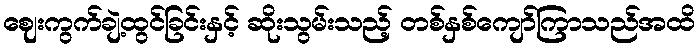
ဈေးကွက်ချဲ့ထွင်ခြင်းနှင့် ဆိုးသွမ်းသည့် တစ်နှစ်ကျော်ကြာသည်အထိ